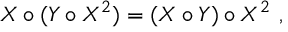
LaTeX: X \circ ( Y \circ X ^ { 2 } ) = ( X \circ Y ) \circ X ^ { 2 } \ ,